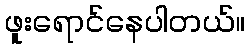
ဖူးရောင်နေပါတယ်။